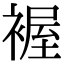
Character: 𧛐